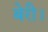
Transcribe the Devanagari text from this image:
बेरी।